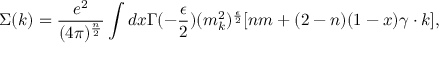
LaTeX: \Sigma ( k ) = { \frac { e ^ { 2 } } { ( 4 \pi ) ^ { \frac { n } { 2 } } } } \int d x \Gamma ( - { \frac { \epsilon } { 2 } } ) ( m _ { k } ^ { 2 } ) ^ { \frac { \epsilon } { 2 } } [ n m + ( 2 - n ) ( 1 - x ) \gamma \cdot k ] ,